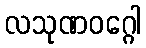
လသုဏဝဂ္ဂေါ